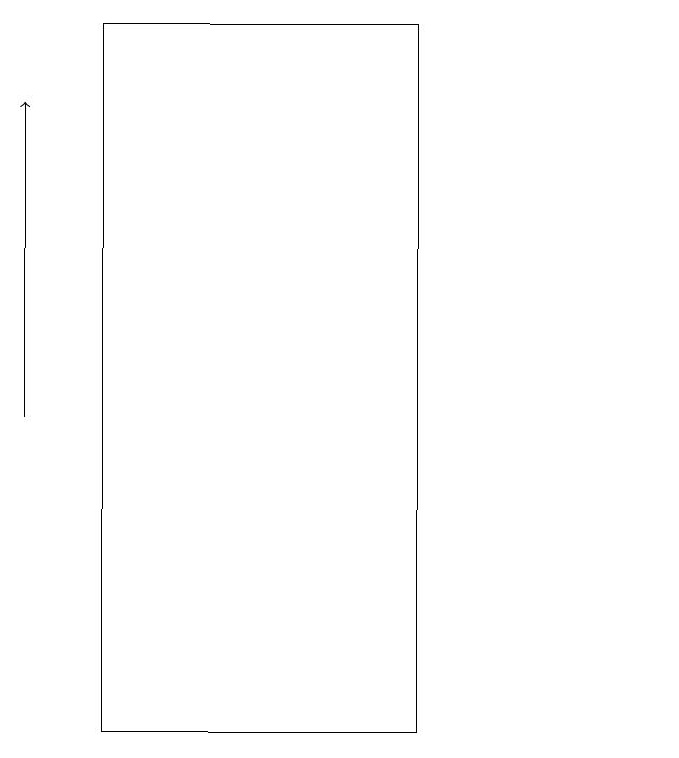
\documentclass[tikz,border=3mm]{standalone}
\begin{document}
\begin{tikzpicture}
\draw[->] (2,14) -- (2,18);
\draw (3,10) rectangle (7,19);
\draw (10,10) circle (0);
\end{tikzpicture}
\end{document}